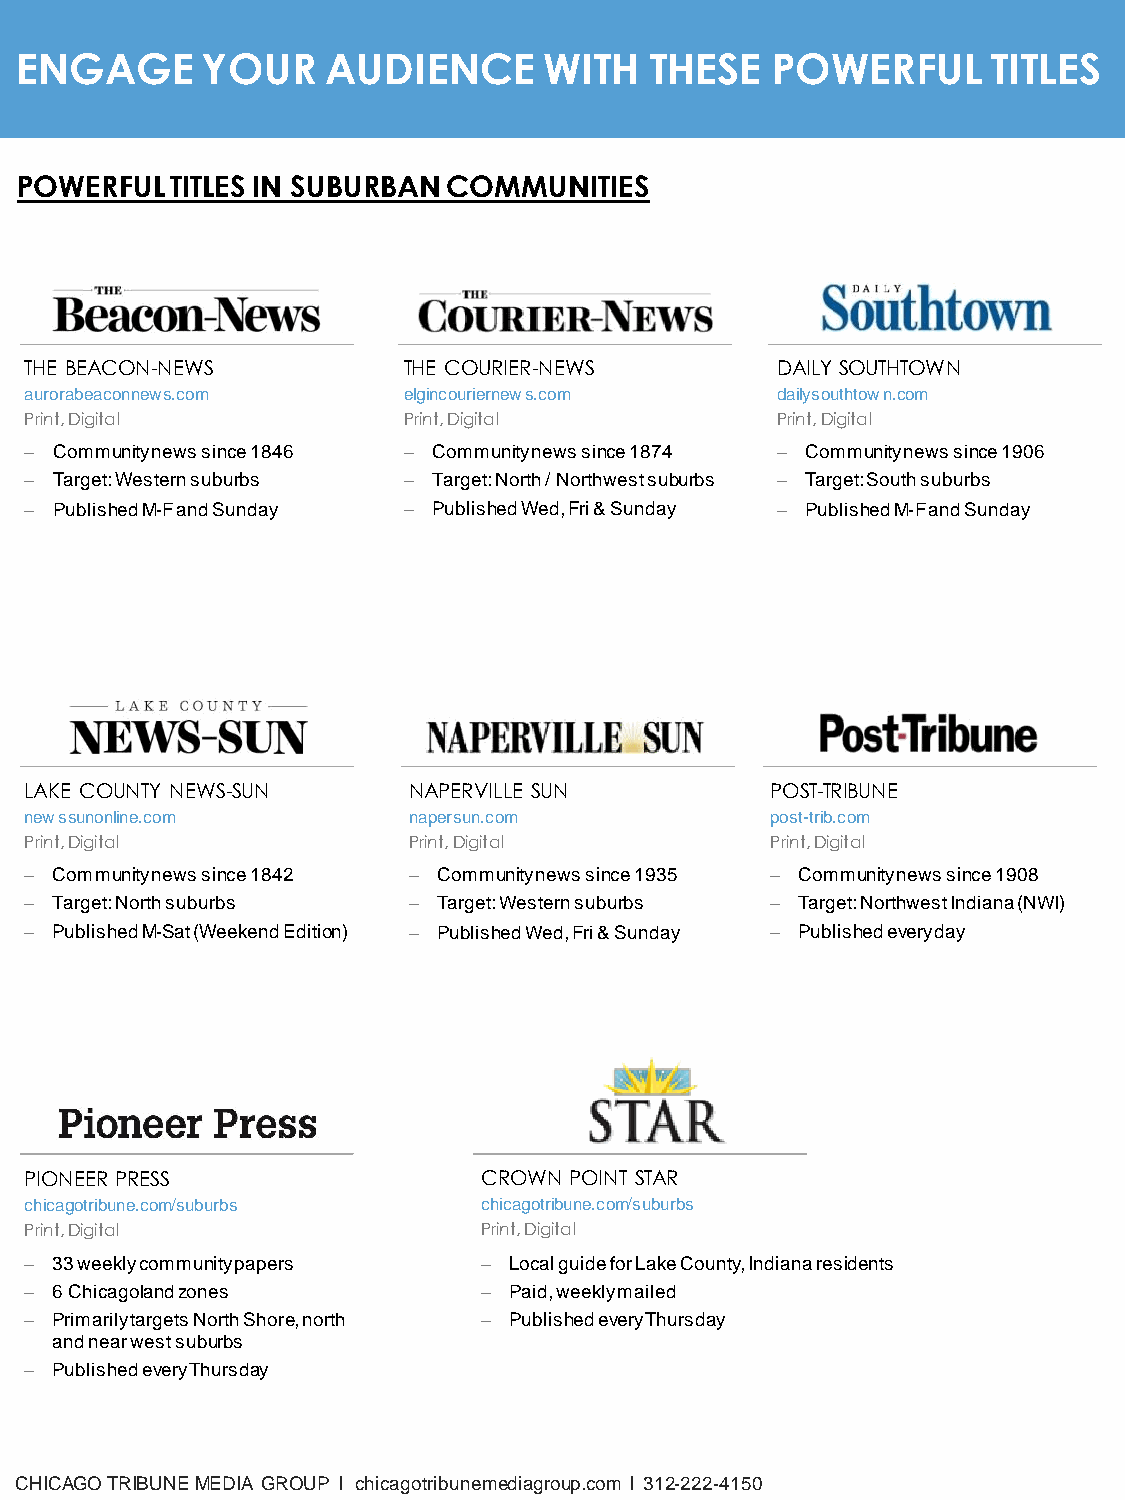
ENGAGE      YOUR     AUDIENCE      WITH   THESE   POWERFUL       TITLES
 POWERFUL  TITLES IN SUBURBAN COMMUNITIES
 THE BEACON-NEWS          THE COURIER-NEWS        DAILY SOUTHTOWN
 aurorabeaconnews.com     elgincouriernews.com    dailysouthtown.com
 Print, Digital           Print, Digital          Print, Digital
 − Community news since 1846 − Community news since 1874 − Community news since 1906
 − Target: Western suburbs − Target: North / Northwest suburbs − Target: South suburbs
 − Published M-F and Sunday − Published Wed, Fri & Sunday − Published M-F and Sunday
 LAKE COUNTY NEWS-SUN     NAPERVILLE SUN          POST-TRIBUNE
 newssunonline.com        napersun.com            post-trib.com
 Print, Digital           Print, Digital          Print, Digital
 − Community news since 1842 − Community news since 1935 − Community news since 1908
 − Target: North suburbs  − Target: Western suburbs − Target: Northwest Indiana (NWI)
 − Published M-Sat (Weekend Edition) − Published Wed, Fri & Sunday − Published every day
 PIONEER PRESS                 CROWN POINT STAR
 chicagotribune.com/suburbs    chicagotribune.com/suburbs
 Print, Digital                Print, Digital
 − 33 weekly community papers  − Local guide for Lake County, Indiana residents
 − 6 Chicagoland zones         − Paid, weekly mailed
 − Primarily targets North Shore, north − Published every Thursday
 and near west suburbs
 − Published every Thursday
 CHICAGO TRIBUNE MEDIA GROUP l chicagotribunemediagroup.com l 312-222-4150